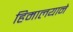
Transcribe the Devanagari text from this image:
हिमालयाने